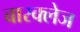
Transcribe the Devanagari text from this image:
बारक्लेज